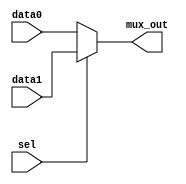
module mux2to1 (
    input wire data0,      // First data input
    input wire data1,      // Second data input
    input wire sel,        // Select input
    output reg mux_out     // MUX output
);

// Combinational logic using an always block with a sensitivity list
always @ (data0, data1, sel) begin
    // Immediate assignments for output based on select signal
    if (sel) begin
        mux_out = data1;   // If sel is 1, output data1
    end else begin
        mux_out = data0;   // If sel is 0, output data0
    end
end

endmodule